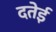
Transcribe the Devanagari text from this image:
दतेई